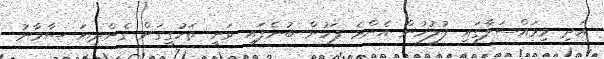
އަދި މިމައްސަލާގައި ފުލުހުން އެންމެ ފަހުން ބުނެފައި ވަނީ ތަހުގީގަށް ގެންދިޔަ ސާމާނު